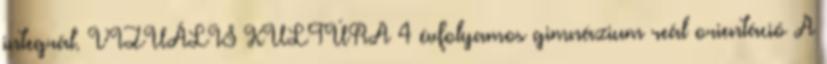
integrál. VIZUÁLIS KULTÚRA 4 évfolyamos gimnázium reál orientáció A